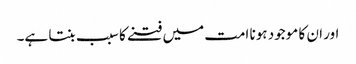
اور ان کا موجود ہونا امت میں فتنے کا سبب بنتا ہے۔